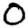
Digit: 0